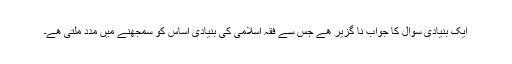
ایک بنیادی سوال کا جواب نا گزیر ھے جس سے فقہ اسلامی کی بنیادی اساس کو سمجھنے میں مدد ملتی ھے۔